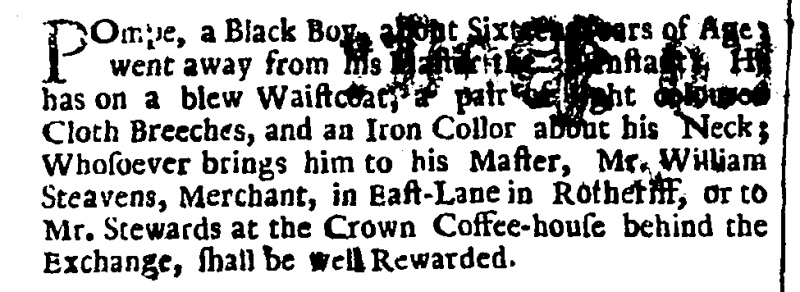
English Post with News Foreign and Domestick, 10 January 1704 (England)
Pompe, a Black Boy, about Sixteen Years of Age; went away from his Master the 8th Instant. He has on a blew Waistcoat, a pair of light coloured Cloth Breeches, and an Iron Collor about his Neck; Whosoever brings him to his Master, Mr. William Steavens, Merchant, in East-Lane in Rotheriff, or to Mr. Stewards at the Crown Coffee-house behind the Exchange, shall be well Rewarded.